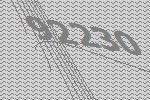
92230